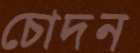
চোদন